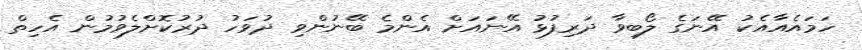
ހަމައެއާއެކު އޭނަގެ ލޯބިވާ ދަރިފުޅު އޭނައަށް އެންމެ ބޭނުންވި ދުވަހު ދުރުކޮށްލެވުމުން އެހިތް